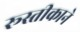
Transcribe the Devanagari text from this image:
रूस्तीकाने